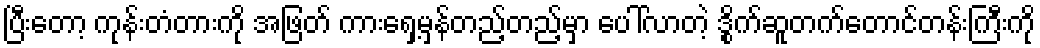
ပြီးတော့ ကုန်းတံတားကို အဖြတ် ကားရှေ့မှန်တည့်တည့်မှာ ပေါ်လာတဲ့ ဒွိုက်ဆူတက်တောင်တန်းကြီးကို